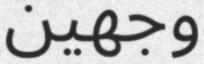
وجھين